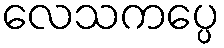
လေသကပ္ပေ